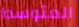
المتوسط